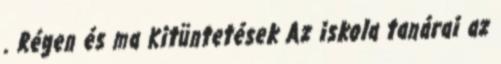
. Régen és ma Kitüntetések Az iskola tanárai az